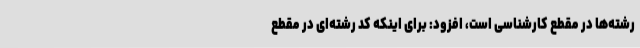
رشته‌ها در مقطع کارشناسی است، افزود: برای اینکه کد رشته‌ای در مقطع